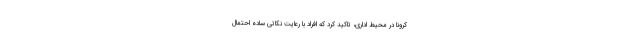
کرونا در محیط اداری، تاکید کرد که افراد با رعایت نکاتی ساده احتمال